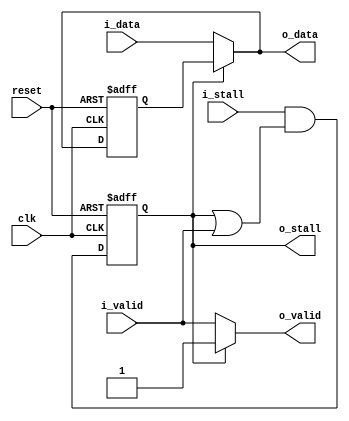
module acl_staging_reg
(
    clk, reset, i_data, i_valid, o_stall, o_data, o_valid, i_stall
);
parameter WIDTH=32;
input clk;
input reset;
input [WIDTH-1:0] i_data;
input i_valid;
output o_stall;
output [WIDTH-1:0] o_data;
output o_valid;
input i_stall;
reg [WIDTH-1:0] r_data;
reg r_valid;
assign o_stall = r_valid;
assign o_data = (r_valid) ? r_data : i_data;
assign o_valid = (r_valid) ? r_valid : i_valid;
always@(posedge clk or posedge reset)
begin
    if(reset == 1'b1)
    begin
        r_valid <= 1'b0;
        r_data <= 'x;   
    end
    else
    begin
        if (~r_valid) r_data <= i_data;
        r_valid <= i_stall && (r_valid || i_valid);
    end
end
endmodule